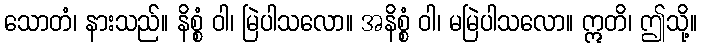
သောတံ၊ နားသည်။ နိစ္စံ ဝါ၊ မြဲပါသလော။ အနိစ္စံ ဝါ၊ မမြဲပါသလော။ ဣတိ၊ ဤသို့။